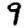
Digit: 9